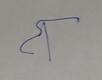
Signature authenticity: forged